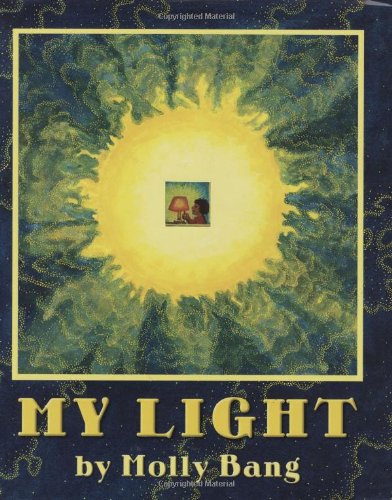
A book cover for My Light; Children's Books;